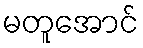
မတူအောင်